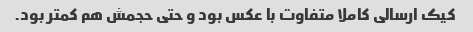
کیک ارسالی کاملا متفاوت با عکس بود و حتی حجمش هم کمتر بود.